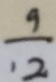
\frac { 9 } { 1 2 }